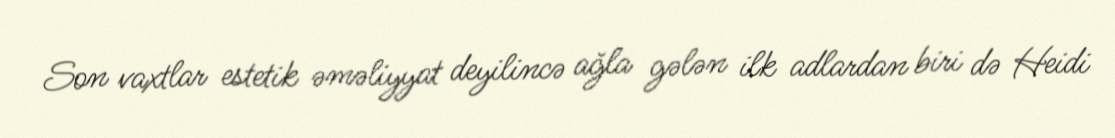
Son vaxtlar estetik əməliyyat deyilincə ağla gələn ilk adlardan biri də Heidi